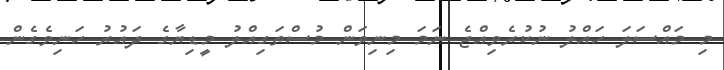
މި މައްސަލަ ހައްލު ނުކުރެވިއްޖެ ނަމަ މިނިވަން މުސްތަގިއްލު މީޑިޔާގެ ދައުރު ހަނިވެގެން